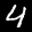
Label: 4